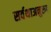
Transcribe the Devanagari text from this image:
सर्वथाअनुरूप